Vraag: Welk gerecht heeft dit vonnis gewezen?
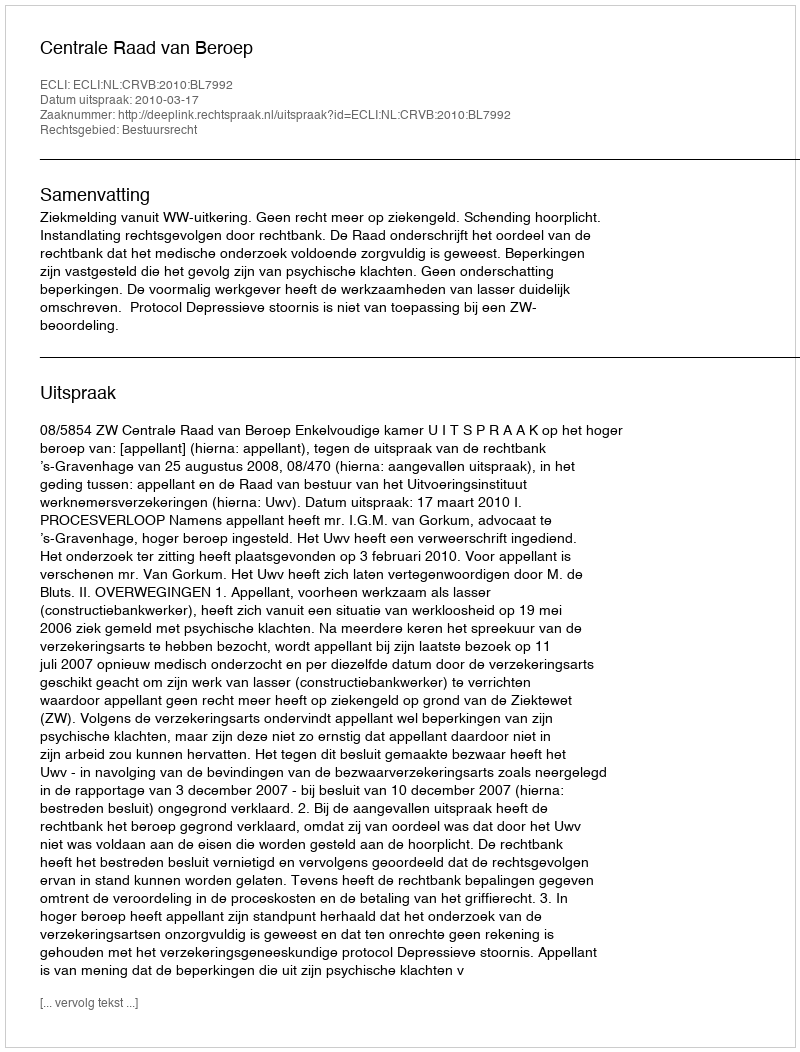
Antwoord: Centrale Raad van Beroep